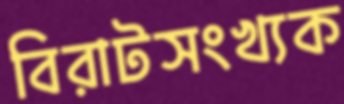
বিরাটসংখ্যক